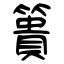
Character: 簣